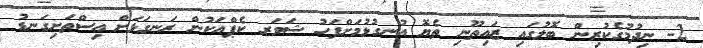
2- ނިދުމުގެކުރިން ބޮލުގައި ޒައިތޫނި ތެޔޮ އުނގުޅުމަށްފަހު ޝަވަރ ކެޕްއަކުން ރަނގަޅަށް އިސްތަށިގަނޑު